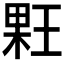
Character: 𰗳